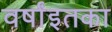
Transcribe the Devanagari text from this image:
वर्षांइतका